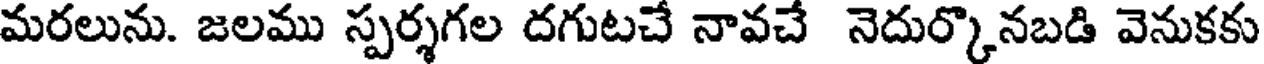
మరలును. జలము స్పర్శగల దగుటచే నావచే నెదుర్కొనబడి వెనుకకు